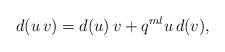
LaTeX: \begin{align*}d(u\,v)=d(u)\,v+q^{ml}u\,d(v),\end{align*}